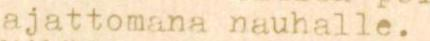
ajattomana nauhalle.